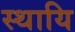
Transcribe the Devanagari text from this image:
स्थायि